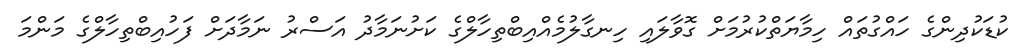
ކުޑަކުދިންގެ ހައްގުތައް ހިމާޔަތްކުރުމަށް ގޮވާލައި ހިނގާލުމެއްއިބްތިހާލްގެ ކަށުނަމާދު އަސްރު ނަމާދަށް ފަހުއިބްތިހާލްގެ މަންމަ